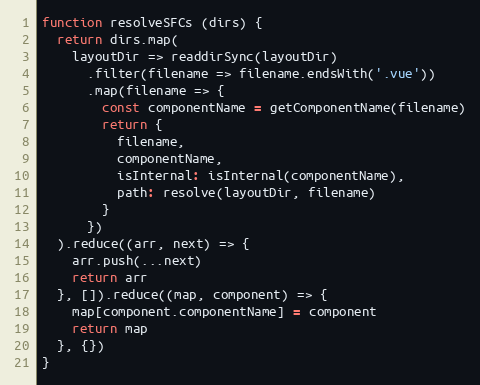
Language: JavaScript
function resolveSFCs (dirs) {
  return dirs.map(
    layoutDir => readdirSync(layoutDir)
      .filter(filename => filename.endsWith('.vue'))
      .map(filename => {
        const componentName = getComponentName(filename)
        return {
          filename,
          componentName,
          isInternal: isInternal(componentName),
          path: resolve(layoutDir, filename)
        }
      })
  ).reduce((arr, next) => {
    arr.push(...next)
    return arr
  }, []).reduce((map, component) => {
    map[component.componentName] = component
    return map
  }, {})
}